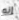
إنه